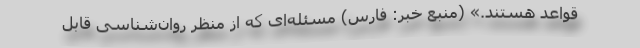
قواعد هستند.» (منبع خبر: فارس) مسئله‌ای که از منظر روان‌شناسی قابل